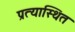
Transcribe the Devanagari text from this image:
प्रत्यास्थित